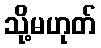
သို့မဟုတ်